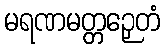
မရဏမတ္တဉှေတံ